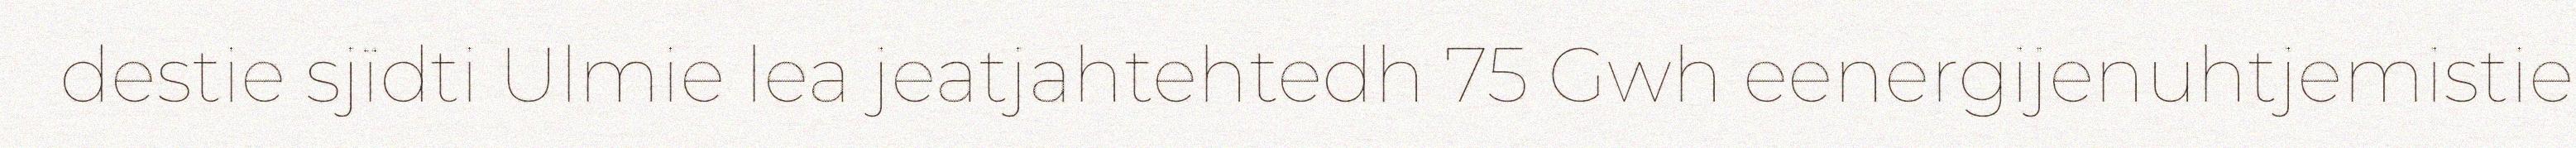
destie sjïdti Ulmie lea jeatjahtehtedh 75 Gwh eenergijenuhtjemistie